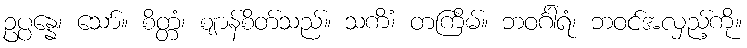
ဥပ္ပန္နေ၊ သော်။ စိတ္တံ၊ ဈာန်စိတ်သည်။ သကိံ၊ တကြိမ်။ ဘဝင်္ဂါရံ၊ ဘဝင်အလှည့်ကို။